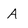
Character: a